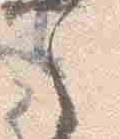
之